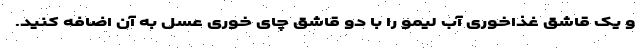
و یک قاشق غذاخوری آب لیمو را با دو قاشق چای خوری عسل به آن اضافه کنید.